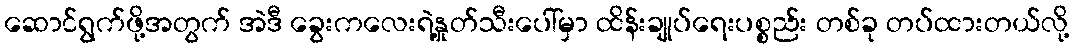
ဆောင်ရွက်ဖို့အတွက် အဲဒီ ခွေးကလေးရဲ့နှုတ်သီးပေါ်မှာ ထိန်းချုပ်ရေးပစ္စည်း တစ်ခု တပ်ထားတယ်လို့